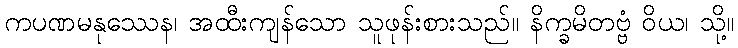
ကပဏမနုဿေန၊ အထီးကျန်သော သူဖုန်းစားသည်။ နိက္ခမိတဗ္ဗံ ဝိယ၊ သို့။